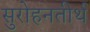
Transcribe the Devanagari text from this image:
सुरोहनतीर्थ